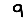
Digit: 9